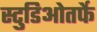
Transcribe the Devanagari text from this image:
स्टुडिओतर्फे